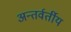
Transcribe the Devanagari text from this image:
अन्‍तर्वर्तीय